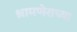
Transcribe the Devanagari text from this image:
श्रामणेराच्या